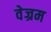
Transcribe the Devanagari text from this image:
वेज्रम